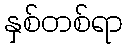
နှစ်တစ်ရာ